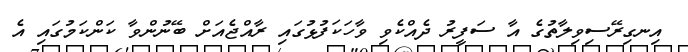
އިނގިރޭސިވިލާތުގެ އާ ސަފީރު ދެއްކެވި ވާހަކަފުޅުގައި ރާއްޖެއަށް ބޭނުންވާ ކަންކަމުގައި އެ